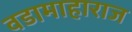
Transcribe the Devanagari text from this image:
वडामाहाराज